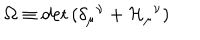
LaTeX: { \Omega } \equiv \det { \left( \delta _ { \mu } { } ^ { \nu } + { \cal H } _ { \mu } { } ^ { \nu } \right) }